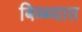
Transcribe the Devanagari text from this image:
बिब्ब्यात